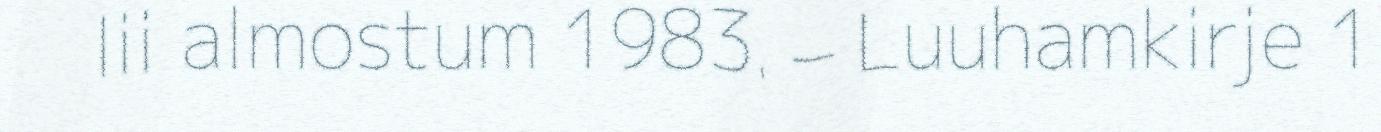
lii almostum 1983. – Luuhamkirje 1